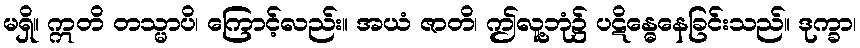
မရှိ။ ဣတိ တသ္မာပိ၊ ကြောင့်လည်း။ အယံ ဇာတိ၊ ဤလူ့ဘုံ၌ ပဋိန္ဓေနေခြင်းသည်။ ဒုက္ခာ၊